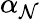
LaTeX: \alpha_{\mathcal{N}}